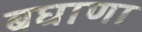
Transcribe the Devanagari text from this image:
बघाणा